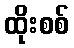
ထိုးစစ်